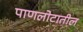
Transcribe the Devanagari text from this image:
पाणलोटातील